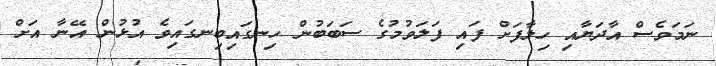
ނަމަވެސް އާދަޔާއި ހިލާފަށް ފައި ފަލަވުމުގެ ސަބަބުން ހިނގައިބިނގައިވެ އުޅުން އޭނާ އަށް